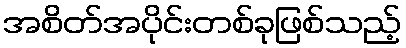
အစိတ်အပိုင်းတစ်ခုဖြစ်သည့်